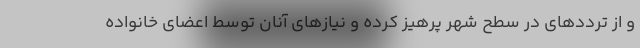
و از ترددهای در سطح شهر پرهیز کرده و نیازهای آنان توسط اعضای خانواده